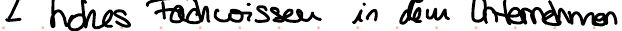
hohes Fachwissen in dem Unternehmen